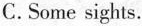
C. Some sights.